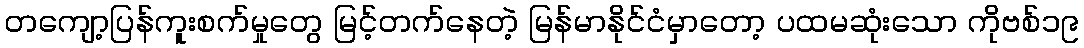
တကျော့ပြန်ကူးစက်မှုတွေ မြင့်တက်နေတဲ့ မြန်မာနိုင်ငံမှာတော့ ပထမဆုံးသော ကိုဗစ်၁၉